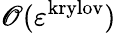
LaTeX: \mathscr{O}(\varepsilon^{\mathrm{{krylov}}})